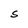
Character: S